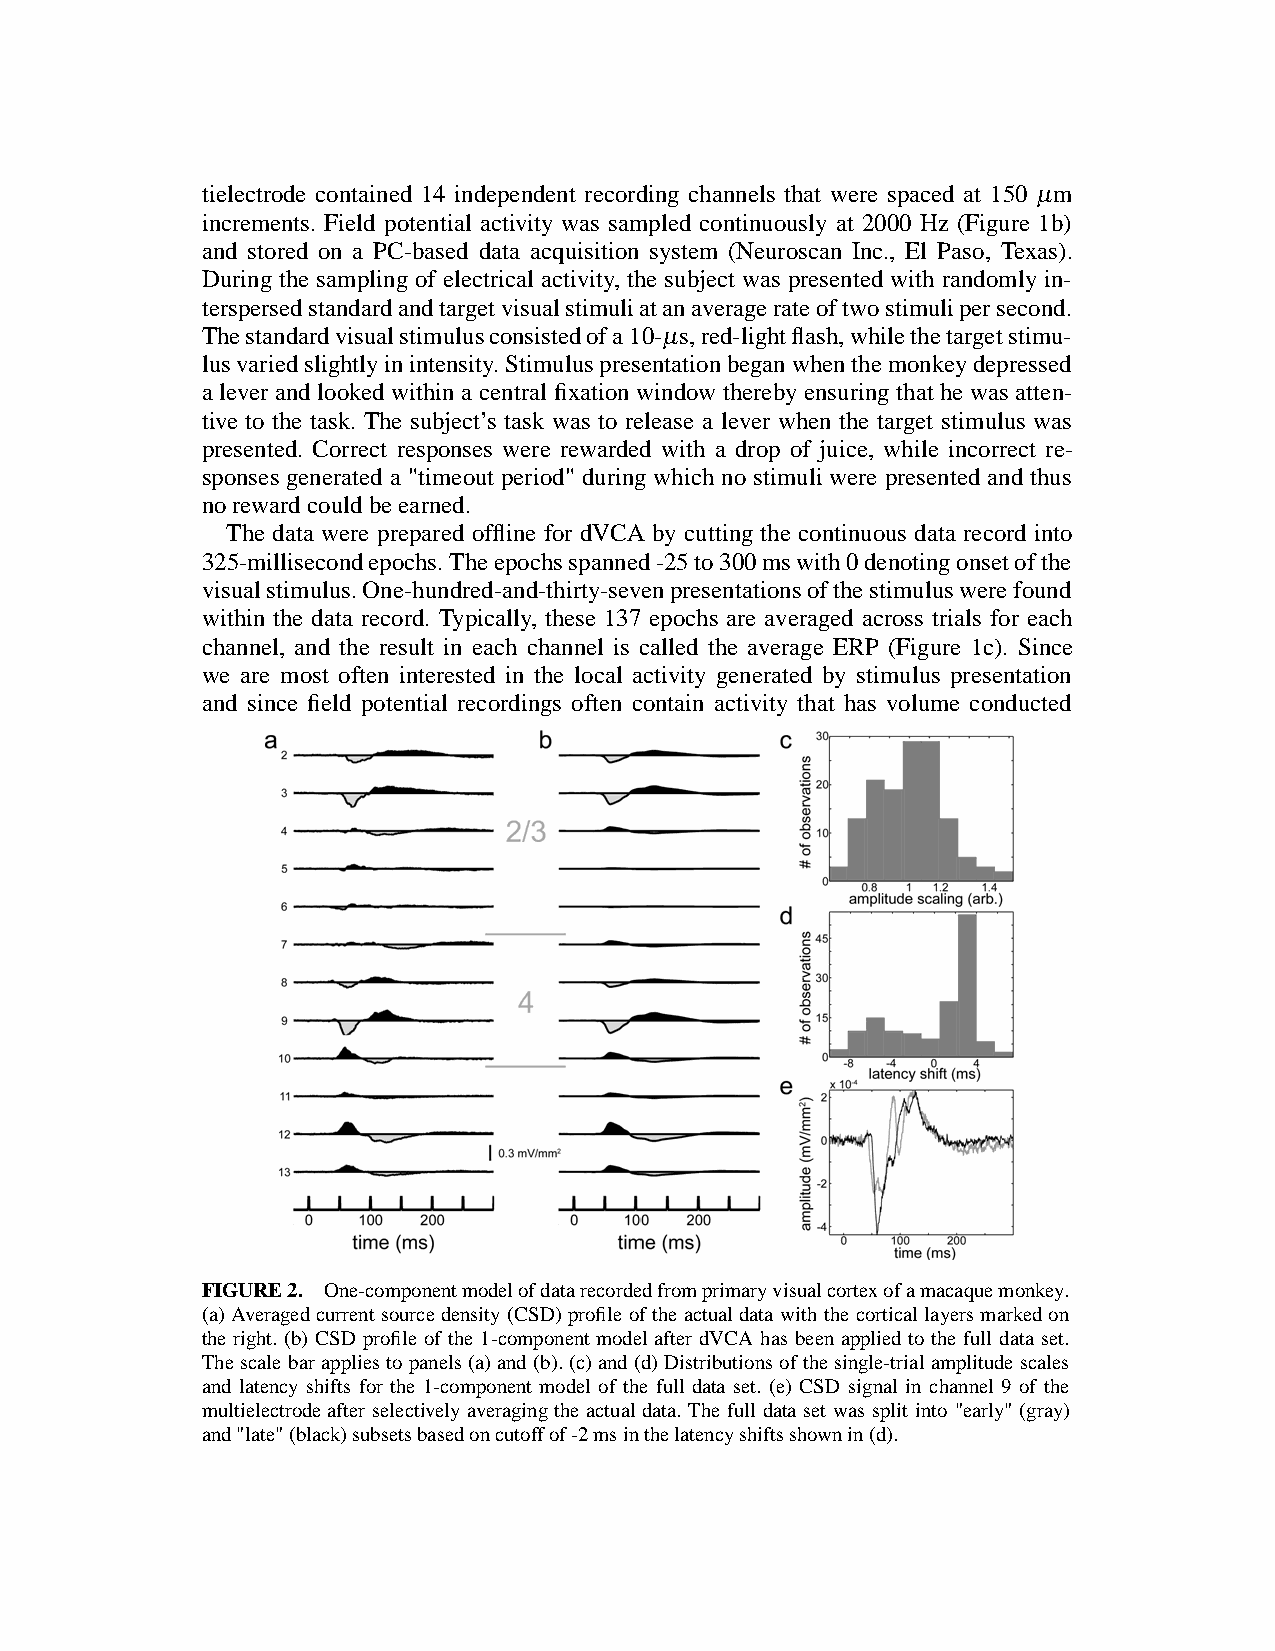
tielectrode contained 14 independent recording channels that were spaced at 150 µm
 increments. Field potential activity was sampled continuously at 2000 Hz (Figure 1b)
 and stored on a PC-based data acquisition system (Neuroscan Inc., El Paso, Texas).
 During the sampling of electrical activity, the subject was presented with randomly in-
 terspersedstandardandtargetvisualstimuliatanaveragerateoftwostimulipersecond.
 Thestandardvisualstimulusconsistedofa10-µs,red-lightflash,whilethetargetstimu-
 lusvariedslightlyinintensity.Stimuluspresentationbeganwhenthemonkeydepressed
 a leverand looked withina central fixation window thereby ensuring that he was atten-
 tive to the task. The subject’s task was to release a lever when the target stimulus was
 presented. Correct responses were rewarded with a drop of juice, while incorrect re-
 sponses generated a "timeout period" during which no stimuli were presented and thus
 norewardcouldbeearned.
 The data were prepared offline for dVCA by cutting the continuous data record into
 325-millisecondepochs.Theepochsspanned-25to300mswith0denotingonsetofthe
 visualstimulus.One-hundred-and-thirty-sevenpresentationsofthestimuluswerefound
 within the data record. Typically, these 137 epochs are averaged across trials for each
 channel, and the result in each channel is called the average ERP (Figure 1c). Since
 we are most often interested in the local activity generated by stimulus presentation
 and since field potential recordings often contain activity that has volume conducted
 FIGURE2. One-componentmodelofdatarecordedfromprimaryvisualcortexofamacaquemonkey.
 (a)Averagedcurrentsourcedensity(CSD) profileofthe actualdata with thecortical layersmarkedon
 the right. (b) CSD profile of the 1-componentmodel after dVCA has been applied to the full data set.
 Thescale barappliesto panels(a)and(b).(c)and(d)Distributionsofthesingle-trialamplitudescales
 and latency shifts for the 1-component model of the full data set. (e) CSD signal in channel 9 of the
 multielectrodeafter selectively averagingthe actual data. The full data set was split into "early" (gray)
 and"late"(black)subsetsbasedoncutoffof-2msinthelatencyshiftsshownin(d).